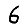
Digit: 6